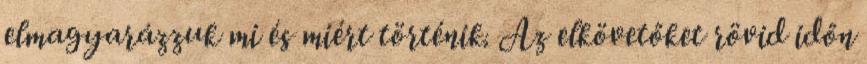
elmagyarázzuk mi és miért történik. Az elkövetőket rövid időn